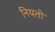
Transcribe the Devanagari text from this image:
नियतो